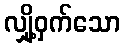
လျှို့ဝှက်သော